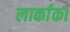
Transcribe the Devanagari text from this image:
लार्काका